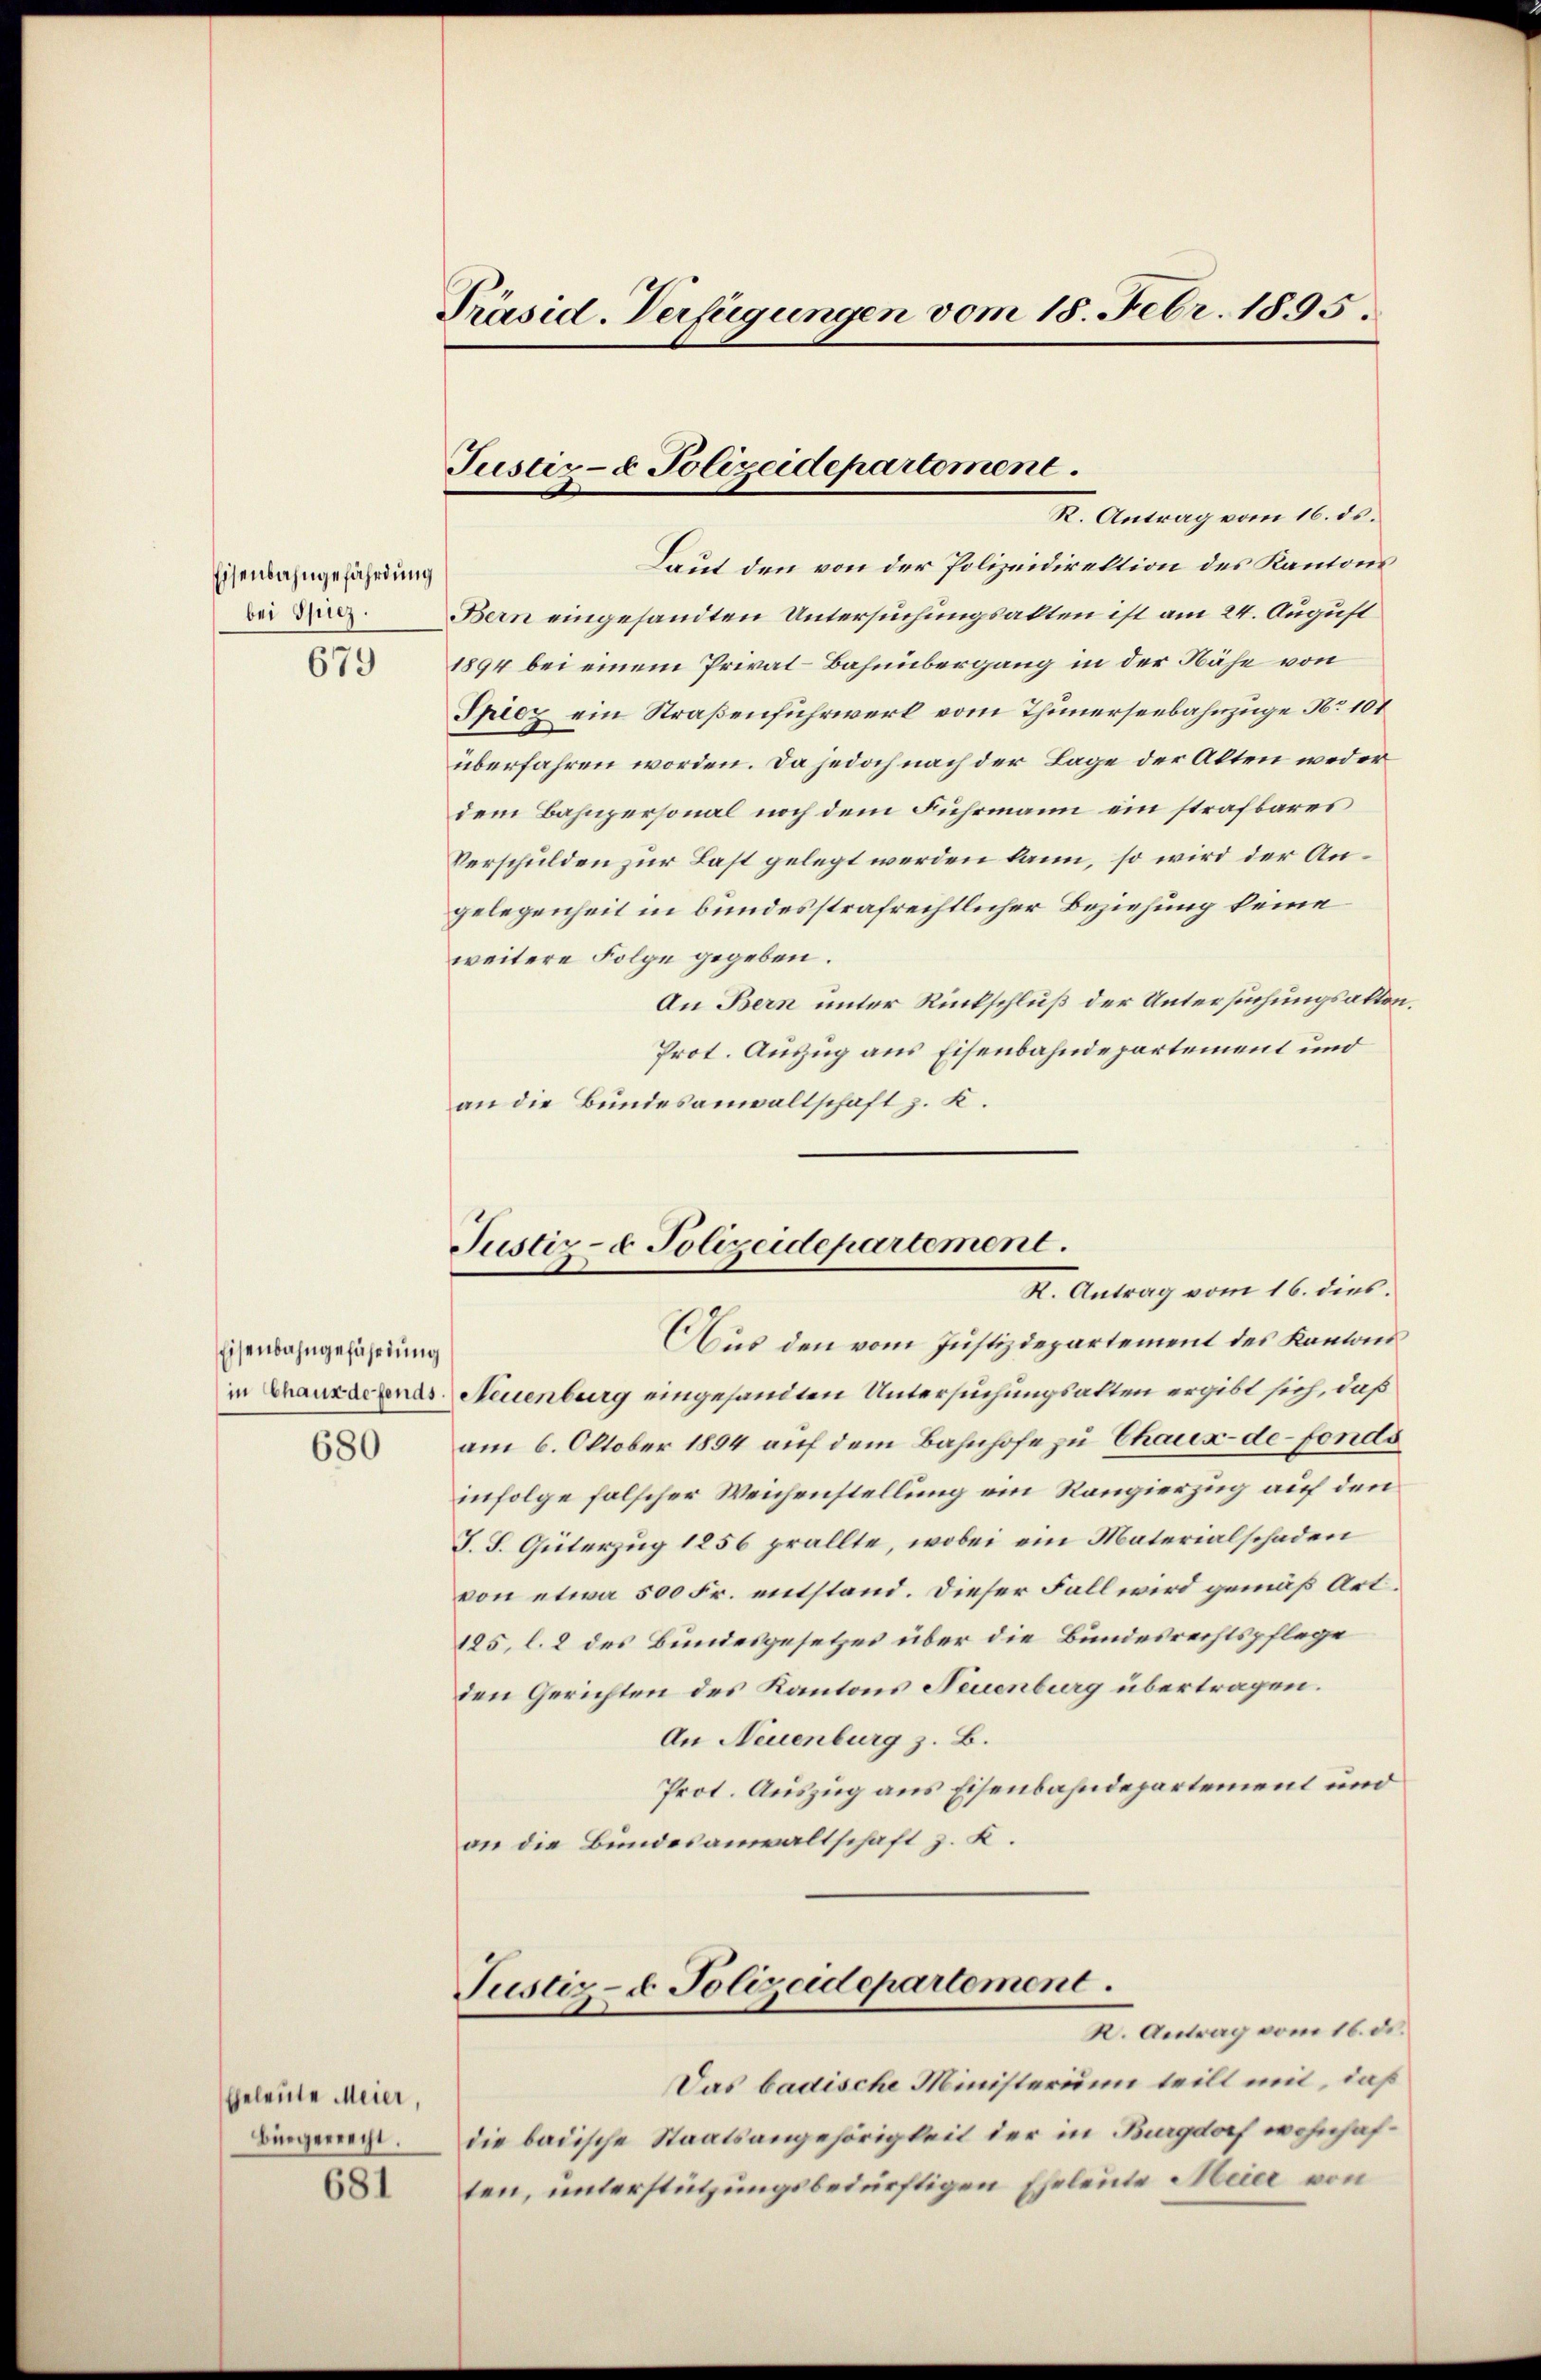
Eisenbahngefährdung
bei Spiez.

679

Eisenbahngeführung

680

beleute Meier,
Bürgerrecht.

681

Präsid-Verfügungen vom 18. Febr. 1895.

Justiz- & Polizeidepartement.
R. Antrag vom 16. ds.

Laut den von der Polizeidirektion des Kantons
Bern eingesandten Untersuchungsakten ist am 24. August
1894 bei einem Privat-Bahnübergang in der Nähe von
Spicz ein Straßenfuhrwerk vom Thunerseebahnzüge No 101
überfahren worden. Da jedoch nach der Lage der Alten weder
dem Bahnpersonal noch dem Fuhrmann ein strafbares
Verschulden zur Last gelegt werden kann, so wird der Angelegenheit in bundesstrafrechtlicher Beziehung keine
weitere Folge gegeben.
An Bern unter Rückschluß der Untersuchungsakten.
Prot. Auszug aus Eisenbahndepartement und
an die Bundesanwaltschaft z. K.

Justiz- & Polizeidepartement.
K. Antrag vom 16. dies.

Aus den vom Justizdepartement des Kantons
in Canzeigenes. Neuenburg eingesandten Untersuchungsalten ergibt sich, daß
am 6. Oktober 1894 auf dem Bahnhofe zu Chaux-de-Fonds
infolge falscher Weichenstellung ein Rangierzug auf den
J. J. Güterzug 1856 prollte, wobei ein Materialschaden
von etwa 500 Fr. entstand. Dieser Fall wird gemäß Art.
185, l. 2 des Bundesgesetzes über die Bundesrechtspflege
den Gerichten des Kantons Neuenburg übertragen.
An Neuenburg z. B.
Prot. Auszug aus Eisenbahndepartement und
an die Bundesanwaltschaft z. K.

K. Antrag vom 16. des
Das badische Ministerium teilt mit, daß
die badische Staatsangehörigkeit der in Burgdorf wohnhaften, unterstützungsbedürftigen Eheleute Meier von

Justiz- & Polizeidepartement.